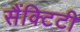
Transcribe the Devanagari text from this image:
सैंक्टिटी